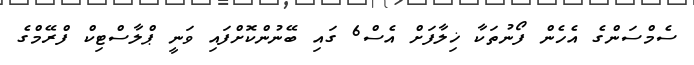
ސެމްސަންގެ އެހެން ފޯނުތަކާ ޚިލާފަށް އެސް6 ގައި ބޭނުންކޮށްފައި ވަނީ ޕްލާސްޓިކް ފްރޭމްގެ